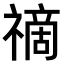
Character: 𥛚